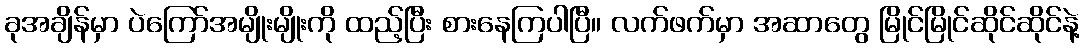
ခုအချိန်မှာ ပဲကြော်အမျိုးမျိုးကို ထည့်ပြီး စားနေကြပါပြီ။ လက်ဖက်မှာ အဆာတွေ မြိုင်မြိုင်ဆိုင်ဆိုင်နဲ့